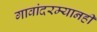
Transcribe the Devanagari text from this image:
गावांदरम्यानही